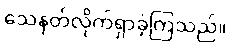
သေနတ်လိုက်ရှာခဲ့ကြသည်။